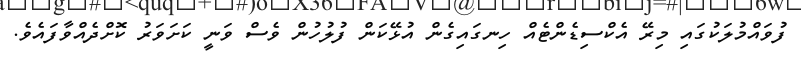
ފުވައްމުލަކުގައި މިރޭ އެކްސިޑެންޓެއް ހިނގައިގެން އުޅޭކަން ފުލުހުން ވެސް ވަނީ ކަށަވަރު ކޮށްދެއްވާފައެވެ.